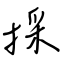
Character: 採